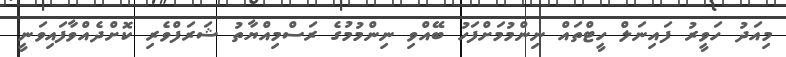
މިއަދު ހަވީރު ފައިނަލް ހީޓްތައް ނިންމުމަށްފަހު ބޭއްވި ނިންމުމުގެ ރަސްމިއްޔާތު ޝަރަފްވެރި ކޮށްދެއްވާފައިވަނީ